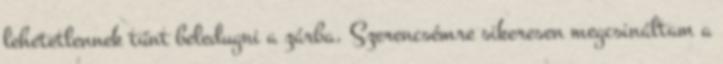
lehetetlennek tűnt beledugni a zárba. Szerencsémre sikeresen megcsináltam a